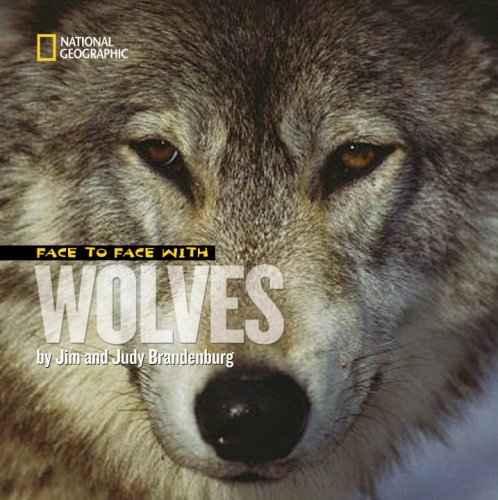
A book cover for Face to Face With Wolves (Face to Face with Animals); Jim Brandenburg; Children's Books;